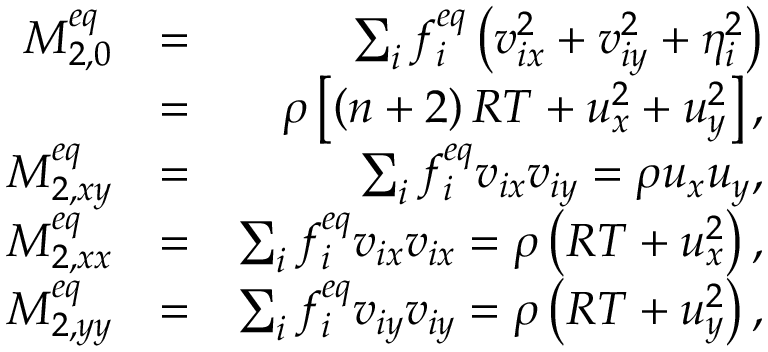
\begin{array} { r l r } { M _ { 2 , 0 } ^ { e q } } & { = } & { \sum _ { i } { f _ { i } ^ { e q } \left( { v _ { i x } ^ { 2 } + v _ { i y } ^ { 2 } + \eta _ { i } ^ { 2 } } \right) } } \\ & { = } & { \rho \left[ { \left( { n + 2 } \right) R T + u _ { x } ^ { 2 } + u _ { y } ^ { 2 } } \right] , } \\ { M _ { 2 , x y } ^ { e q } } & { = } & { \sum _ { i } { f _ { i } ^ { e q } { v _ { i x } } { v _ { i y } } } = \rho { u _ { x } } { u _ { y } } , } \\ { M _ { 2 , x x } ^ { e q } } & { = } & { \sum _ { i } { f _ { i } ^ { e q } { v _ { i x } } { v _ { i x } } } = \rho \left( { R T + u _ { x } ^ { 2 } } \right) , } \\ { M _ { 2 , y y } ^ { e q } } & { = } & { \sum _ { i } { f _ { i } ^ { e q } { v _ { i y } } { v _ { i y } } } = \rho \left( { R T + u _ { y } ^ { 2 } } \right) , } \end{array}